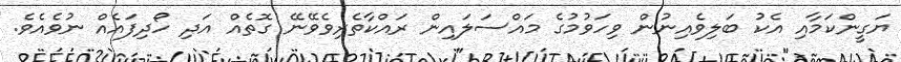
ޔަގީންކަމާއި އެކު ބަލިވެއިނުން ވިހަވުމުގެ މައްސަލައިން ރައްކާތެރިވެވޭނޭ ގޮތެއް އަދި ހޯދިފައެއް ނުވެއެވެ.